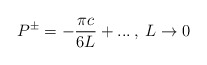
\begin{align*}P^{\pm }=-\frac{\pi c}{6L}+...\: ,\: L\rightarrow 0\end{align*}